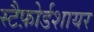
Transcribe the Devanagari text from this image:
स्टैफ़ोर्डशायर